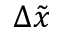
\Delta \tilde { x }